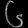
Digit: ၆